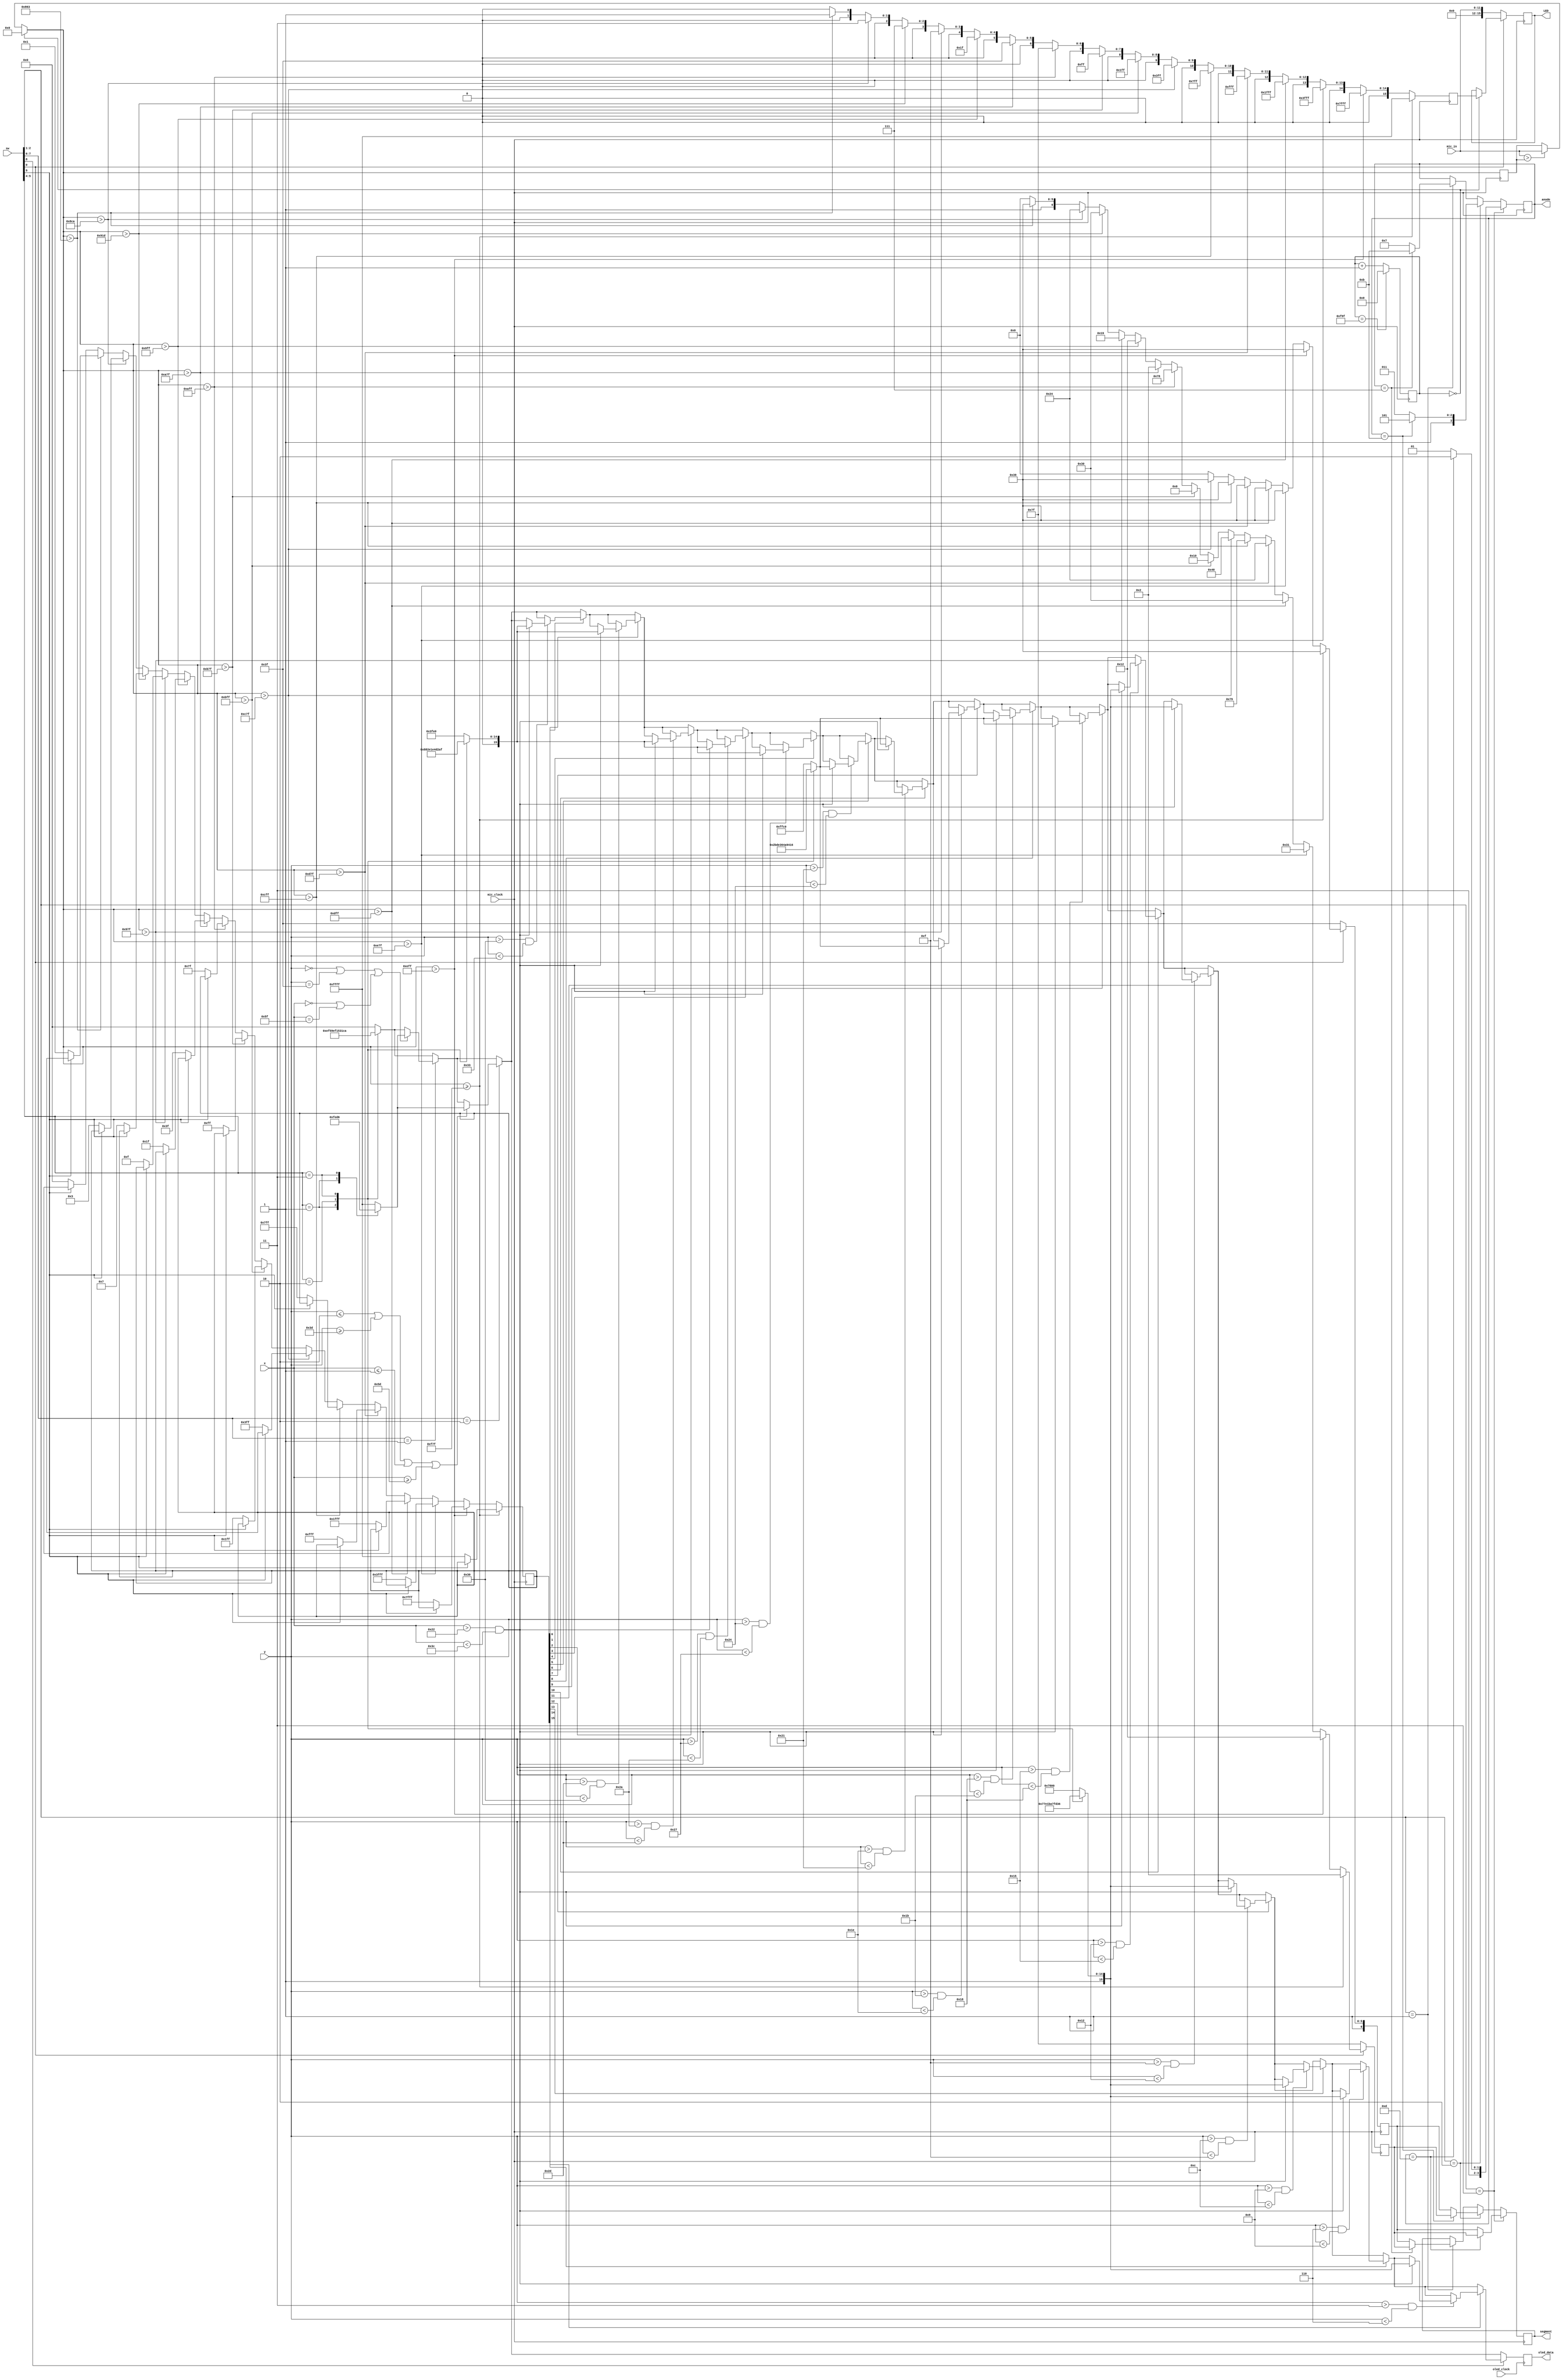
`timescale 1ns / 1ps
//////////////////////////////////////////////////////////////////////////////////
// Company: 
// Engineer: 
// 
// Design Name: 
// Module Name: volume_indicator
// Project Name: 
// Target Devices: 
// Tool Versions: 
// Description: 
// 
// Dependencies: 
// 
// Revision:
// Revision 0.01 - File Created
// Additional Comments:
// 
//////////////////////////////////////////////////////////////////////////////////


module volume_indicator(
    input mic_clock,
    input oled_clock,
    input [15:0]sw, 
    input [11:0] mic_in,
    input [6:0]x,
    input [6:0]y,
    output reg [15:0] LED,
    output reg [6:0] segment,
    output reg [3:0] anode,
    output reg [15:0] oled_data
    );
    
    
    reg [12:0] counter = 0;
    reg [11:0] peak_volume = 12'b0;
    
    reg [6:0] seg_1 = 7'b0000000;
    reg [6:0] seg_10 = 7'b0000000;
    
    reg [15:0] led;
    reg [15:0] leds;
    
    reg [12:0] frequency = 0;
    
    reg [7:0] count_300 = 0;
    
    reg [15:0] border,background,colourHigh,colourMid,colourLow;
    
    
    always @(*)
    begin
        case({sw[5:4]})
            2'b01: begin
                background = {5'd29, 6'd58, 5'd25};
                border = 16'h0000;   
                colourHigh = {5'd19, 6'd47, 5'd24};               
                colourMid = {5'd5, 6'd30, 5'd30};
                colourLow = {5'd4, 6'd16, 5'd11};         
            end
            2'b10:begin
                background = {5'd29, 6'd56, 5'd21};
                border = 16'hFFFF;
                colourHigh = {5'd22, 6'd58, 5'd15};               
                colourMid = {5'd6, 6'd50, 5'd10};
                colourLow = {5'd8, 6'd30, 5'd9};
                            
            end
            2'b11: begin
                background = {5'd6, 6'd14, 5'd10};
                border = {5'd31, 6'd54, 5'd22};   
                colourHigh = {5'd31, 6'd41, 5'd22};               
                colourMid = {5'd18, 6'd32, 5'd22};
                colourLow = {5'd10, 6'd21, 5'd15}; 
            end
            default :
            begin
                background <= 16'h0000;
                border <= 16'b1111111111111111; 
                colourLow <= 16'h3FE0;     
                colourMid <= 16'hFFC0;
                colourHigh <= 16'hF800;    
            end
        endcase      
    end
    
    
    
    
    
    
    always @(posedge mic_clock) begin
    /*begin //peak finding algorithm, can think of using clock here to check peaks after different intervals
        if (frequency == 0) peak_volume =0;
        else if (mic_in > peak_volume) peak_volume = mic_in;
        else peak_volume = peak_volume;
    end*/
    
        peak_volume = (frequency==0)?0:(mic_in>peak_volume?mic_in:peak_volume);
        frequency <=  (frequency == 3999) ? 0 : frequency + 1; // 10Hz frequency
               
        if (sw[2:1] ==2'b01) 
        begin
            anode <= (anode == 4'b0111) ? 4'b1011 : 4'b0111;
            segment <= (anode == 4'b0111) ? seg_1: seg_10; 
        end
        
        if (sw[2:1] == 2'b10) begin
            anode <= (anode == 4'b1011) ? 4'b1101 : 4'b1011;
            segment <= (anode == 4'b1011) ? seg_1: seg_10; 
        end
        
        if (sw[2:1] == 2'b11) begin
            anode <= (anode == 4'b1101)?4'b1110: 4'b1101;
            segment <= (anode == 4'b1101)?seg_1:seg_10;            
        end                     
    
        if (peak_volume >= 3967) begin
        if (~sw[9]) leds <= 16'b1111111111111111;
            led <= 16'b1111111111111111;
            seg_10 <= 7'b1111001;
            seg_1 <= 7'b0000010;       
        end
        
        else if (peak_volume>3839) begin
        if (~sw[9]) leds <= 16'b0111111111111111;
            led <= 16'b0111111111111111;
            seg_10 <= 7'b1111001;
            seg_1 <= 7'b0010010;
        end
        
        else if (peak_volume>3711) begin
        if (~sw[9]) leds <= 16'b0011111111111111;
            led <= 16'b0011111111111111;
            seg_10 <= 7'b1111001;
            seg_1 <= 7'b0110001;
        end
        
        else if (peak_volume>3583) begin
        if (~sw[9]) leds <= 16'b0001111111111111;
            led <= 16'b0001111111111111;
             seg_10 <= 7'b1111001;
             seg_1 <= 7'b0110000;
        end
        
        else if (peak_volume>3455) begin
        if (~sw[9]) leds <= 16'b0000111111111111;
            led <= 16'b0000111111111111;
            seg_10 <= 7'b1111001;
            seg_1 <= 7'b0100100;
        end
        
        else if (peak_volume>3327) begin
        if (~sw[9]) leds <= 16'b0000011111111111;
            led <= 16'b0000011111111111;
            seg_10 <= 7'b1111001;
            seg_1 <= 7'b1111001;
        end
                    
        else if (peak_volume>3199) begin
        if (~sw[9]) leds <= 16'b0000001111111111;
            led <= 16'b0000001111111111;
            seg_10 <= 7'b1111001;
            seg_1 <= 7'b1000000;
        end
        
        else if (peak_volume>3071) begin
        if (~sw[9]) leds <= 16'b0000000111111111;
            led <= 16'b0000000111111111;
            seg_10 <= 7'b1000000;
            seg_1 <= 7'b0010000;
        end                    
        
        else if (peak_volume>2943) begin
        if (~sw[9]) leds <= 16'b0000000011111111;
            led <= 16'b0000000011111111;
            seg_10 <= 7'b1000000;
            seg_1<= 7'b0000000;
        end     
        
        else if (peak_volume>2815) begin
        if (~sw[9]) leds <= 16'b0000000001111111;
            led <= 16'b0000000001111111;
            seg_10 <= 7'b1000000;
            seg_1 <= 7'b1111000;
        end
        
        else if (peak_volume>2687) begin
        if (~sw[9]) leds <= 16'b0000000000111111;
            led <= 16'b0000000000111111;
            seg_10 <= 7'b1000000;
            seg_1 <= 7'b0000010;
        end
        
        else if (peak_volume > 2559) begin
        if (~sw[9]) leds <= 16'b0000000000011111;
            led <= 16'b0000000000011111;
            seg_10 <= 7'b1000000;
            seg_1 <= 7'b0010010;
        end
        
        else if (peak_volume > 2431) begin
        if (~sw[9]) leds <= 16'b0000000000001111;
            led <= 16'b0000000000001111;
            seg_10 <= 7'b1000000;
            seg_1 <= 7'b0011001;
        end
        
        else if (peak_volume > 2333) begin
        if (~sw[9]) leds <= 16'b0000000000000111;
            led <= 16'b0000000000000111;
            seg_1 <= 7'b0110000;
            seg_10 <= 7'b1000000;
        end
        
        else if (peak_volume > 2250) begin
        if (~sw[9]) leds <= 16'b0000000000000011;
            led <= 16'b0000000000000011;
            seg_1 <= 7'b0100100;
            seg_10 <= 7'b1000000;
        end
        
        else if (peak_volume > 2147) begin
            if (~sw[9]) leds <= 16'b0000000000000001;
            led <= 16'b0000000000000001;
            seg_1 <= 7'b1111001;
            seg_10 <= 7'b1000000;
        end
        
        else 
        begin
            if (~sw[9]) leds <= 16'b0000000000000000;
            led <= 16'b0000000000000000;
            seg_1 <= 7'b1000000;
            seg_10<= 7'b1000000;
        end
       
    if (sw[0]==0) 
    begin
        LED <= {4'b0000,mic_in};
        seg_1 <= 7'b1111111;
        seg_10 <= 7'b1111111;
        
    end else begin
            if (frequency == 0)    
            begin
    //            segment <=seg_1;
                LED <= led;
            end
        end            
    end
    
    always @(posedge oled_clock) begin //changing background colour
        
        oled_data <= background;

        if ((sw[7:6]) == 2'b01)  begin // thin
            if((y == 0 || y == 63)||(x == 0 || x == 95)) begin 
                oled_data <= border;
            end  
        end
        if ((sw[7:6])==2'b10)  begin 
            if(y <= 2 || y >= 61||x <= 1 || x >= 93) begin 
                oled_data <= border;
            end
        end
        
          
  //volume bars
      if (sw[8] == 1) begin
      if(leds[0]) //bar1 
          begin if(y > 48 && y <51)
          begin if(x > 34 && x < 60) oled_data <= colourLow;
          end            
      end
      
      if(leds[1]) // bar2
      begin
      if(y > 45 && y < 48) begin 
      if(x > 34 && x < 60) begin
      oled_data <= colourLow;
      end
      
      end            
      end      
      
      if(leds[2])// bar3
      begin
      
      if(y > 42 && y < 45)
      begin 
      if(x > 34 && x < 60)
          begin
          oled_data <= colourLow;
          end
      
      end            
      end      
      
      if(leds[3]) //bar4
      begin
      
      if(y > 39 && y < 42)
      begin 
       if(x > 34 && x < 60)
           begin
           oled_data <= colourLow;
           end
      
      end            
      end
      
      if(leds[4]) //bar5
      begin
      
      if(y > 36 && y < 39)
      begin 
      if(x > 34 && x < 60)
          begin
          oled_data <= colourLow;
          end
      
      
      end            
      end      
      
      if(leds[5]) //bar6
      begin
      
      if(y > 33 && y < 36)
      begin 
       if(x > 34 && x < 60)
           begin
           oled_data <= colourMid;
           end
      
      
      end            
      end    
      
      if(leds[6]) //bar7
      begin
      
      if(y > 30 && y < 33)
      begin 
      if(x > 34 && x < 60)
          begin
          oled_data <= colourMid;
          end
      
      end            
      end      
      
      if(leds[7]) //bar8
      begin
      
      if(y > 27 && y < 30)
      begin 
       if(x > 34 && x < 60)
           begin
           oled_data <= colourMid;
           end
      
      end            
      end     
      
      if(leds[8]) //bar9
      begin
      
      if(y > 24 && y < 27)
      begin 
        if(x > 34 && x < 60)
            begin
            oled_data <= colourMid;
            end
      
      end            
      end      
      
      if(leds[9]) //bar10
      begin
      
      if(y > 21 && y < 24)
      begin 
      if(x > 34 && x < 60)
          begin
          oled_data <= colourMid;
          end
      
      
      end            
      end       
      
      if(leds[10]) //bar11
      begin
      
      if(y > 18 && y < 21)
      begin 
      if(x > 34 && x < 60)
          begin
          oled_data <= colourHigh;
          end
      
      end            
      end    
      
      if(leds[11])// bar12
      begin
      if(y > 15 && y < 18)
      begin 
      if(x > 34 && x < 60)
          begin
          oled_data <= colourHigh;
          end
      end
      end     
      
      if(leds[12])//bar13
      begin
      
      if(y > 12 && y < 15)
      begin 
      if(x > 34 && x < 60)
          begin
          oled_data <= colourHigh;
          end
      
      end            
      end     
      
      if(leds[13]) //bar14
      begin
      
      if(y > 9 && y < 12)
      begin 
       if(x > 34 && x < 60)
           begin
           oled_data <= colourHigh;
           end
      
      end            
      end     
      
      if(leds[14]) //bar15
      begin
      
      if(y > 6 && y < 9)
      begin 
      if(x > 34 && x < 60)
          begin
          oled_data <= colourHigh;
          end
      
      end            
      end      
      
      if(leds[15]) //bar16
      begin
      
      if(y > 3 && y < 6)
      begin 
      if(x > 34 && x < 60)
          begin
          oled_data <= colourHigh;
          end
      
      end            
      end            
      end  
      end
 

endmodule